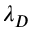
\lambda _ { D }